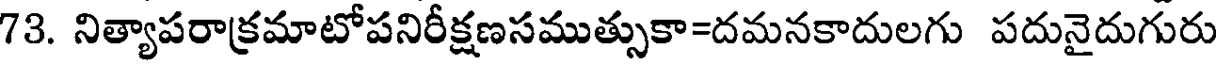
73. నిత్యాపరాక్రమాటోపనిరీక్షణసముత్సుకా=దమనకాదులగు పదునైదుగురు